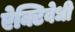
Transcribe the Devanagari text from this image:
ऐक्टिवेधी